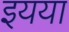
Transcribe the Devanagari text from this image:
इयया